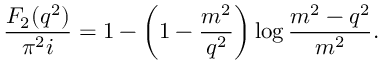
\frac { F _ { 2 } ( q ^ { 2 } ) } { \pi ^ { 2 } i } = 1 - \left( 1 - \frac { m ^ { 2 } } { q ^ { 2 } } \right) \log \frac { m ^ { 2 } - q ^ { 2 } } { m ^ { 2 } } .